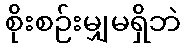
စိုးစဉ်းမျှမရှိဘဲ